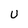
Character: U